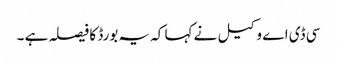
سی ڈی اے وکیل نے کہا کہ یہ بورڈ کا فیصلہ ہے ۔